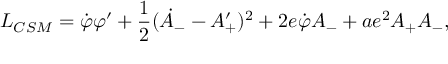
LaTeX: { \cal L } _ { C S M } = { \dot { \varphi } } \varphi ^ { \prime } + { \frac { 1 } { 2 } } ( { \dot { A } } _ { - } - { A _ { + } ^ { \prime } } ) ^ { 2 } + 2 e { \dot { \varphi } } A _ { - } + a e ^ { 2 } A _ { + } A _ { - } ,